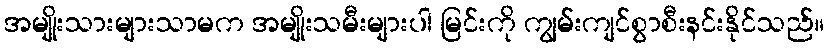
အမျိုးသားများသာမက အမျိုးသမီးများပါ မြင်းကို ကျွမ်းကျင်စွာစီးနင်းနိုင်သည်။